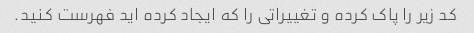
کد زیر را پاک کرده و تغییراتی را که ایجاد کرده اید فهرست کنید.